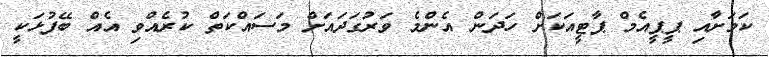
ކަމަށާއި ޕީޕީއެމް ޕާޓީއަކަށް ހަދަން އެންމެ ވަރުގަދައަށް މަސައްކަތް ކުރެއްވި އެއް ބޭފުޅަކީ